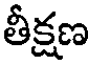
తీక్షణ